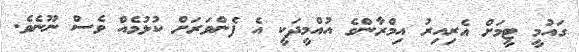
ގައުމީ ޓީމަށް އެރިއިރު އިމްރާންގެ އުއްމީދަކީ އެ ފެންވަރަށް ކުޅުމެއް ވެސް ނޫނެވެ.